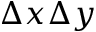
\Delta x \Delta y